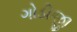
ગોડીજી